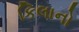
કિલાનો